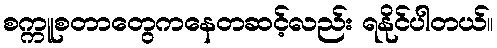
စက္ကူစတာတွေကနေတဆင့်လည်း ရနိုင်ပါတယ်။